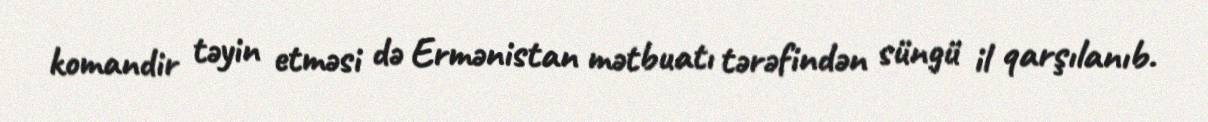
komandir təyin etməsi də Ermənistan mətbuatı tərəfindən süngü il qarşılanıb.